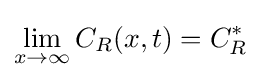
\lim _{x\rightarrow \infty }C_{R}(x,t)=C_{R}^{*}